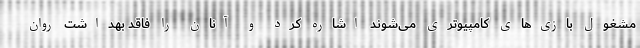
مشغول بازی‌های کامپیوتری می‌شوند اشاره کرد و آنان را فاقد بهداشت روان